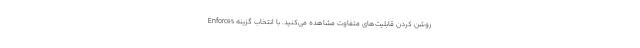
روشن کردن قابلیت‌های متفاوت مشاهده می‌کنید. با انتخاب گزینه Enforces